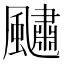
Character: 𩘹